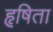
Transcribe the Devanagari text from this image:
हृषिता